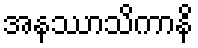
အနဿာသိကာနိ